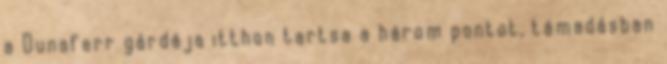
a Dunaferr gárdája itthon tartsa a három pontot, támadásban